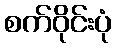
စက်ဝိုင်းပုံ